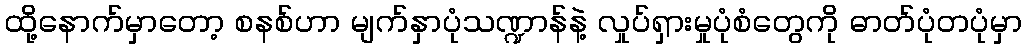
ထို့နောက်မှာတော့ စနစ်ဟာ မျက်နှာပုံသဏ္ဍာန်နဲ့ လှုပ်ရှားမှုပုံစံတွေကို ဓာတ်ပုံတပုံမှာ